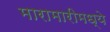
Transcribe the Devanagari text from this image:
मारामारीमध्ये